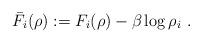
LaTeX: \begin{align*}\bar F_i(\rho):=F_{i}(\rho)-\beta\log\rho_{i}\ .\end{align*}